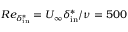
R e _ { \delta _ { \mathrm { i n } } ^ { * } } = U _ { \infty } \delta _ { \mathrm { i n } } ^ { * } / \nu = 5 0 0